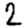
Digit: 2